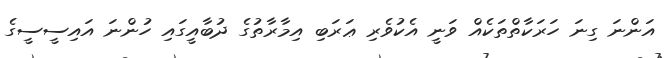
އަންނަ ގިނަ ހަރަކާތްތަކެއް ވަނީ އެކުވެރި ޢަރަބި އިމާރާތުގެ ދުބާއީގައި ހުންނަ އައިސީސީގެ